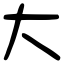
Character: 大